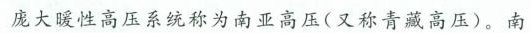
庞大暖性高压系统称为南亚高压(又称青藏高压)。南